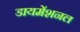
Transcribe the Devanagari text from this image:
डायमेंशनल